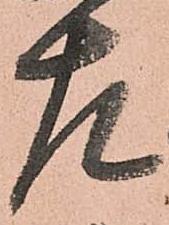
左